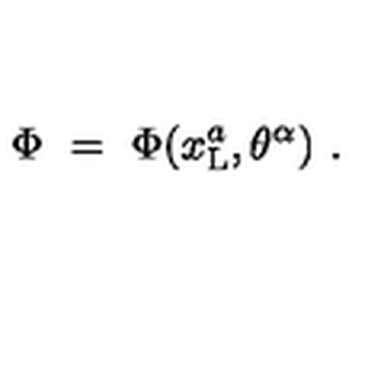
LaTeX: \Phi \ = \ \Phi ( x _ { \mathrm { L } } ^ { a } , \theta ^ { \alpha } ) \ .